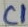
Text: C1